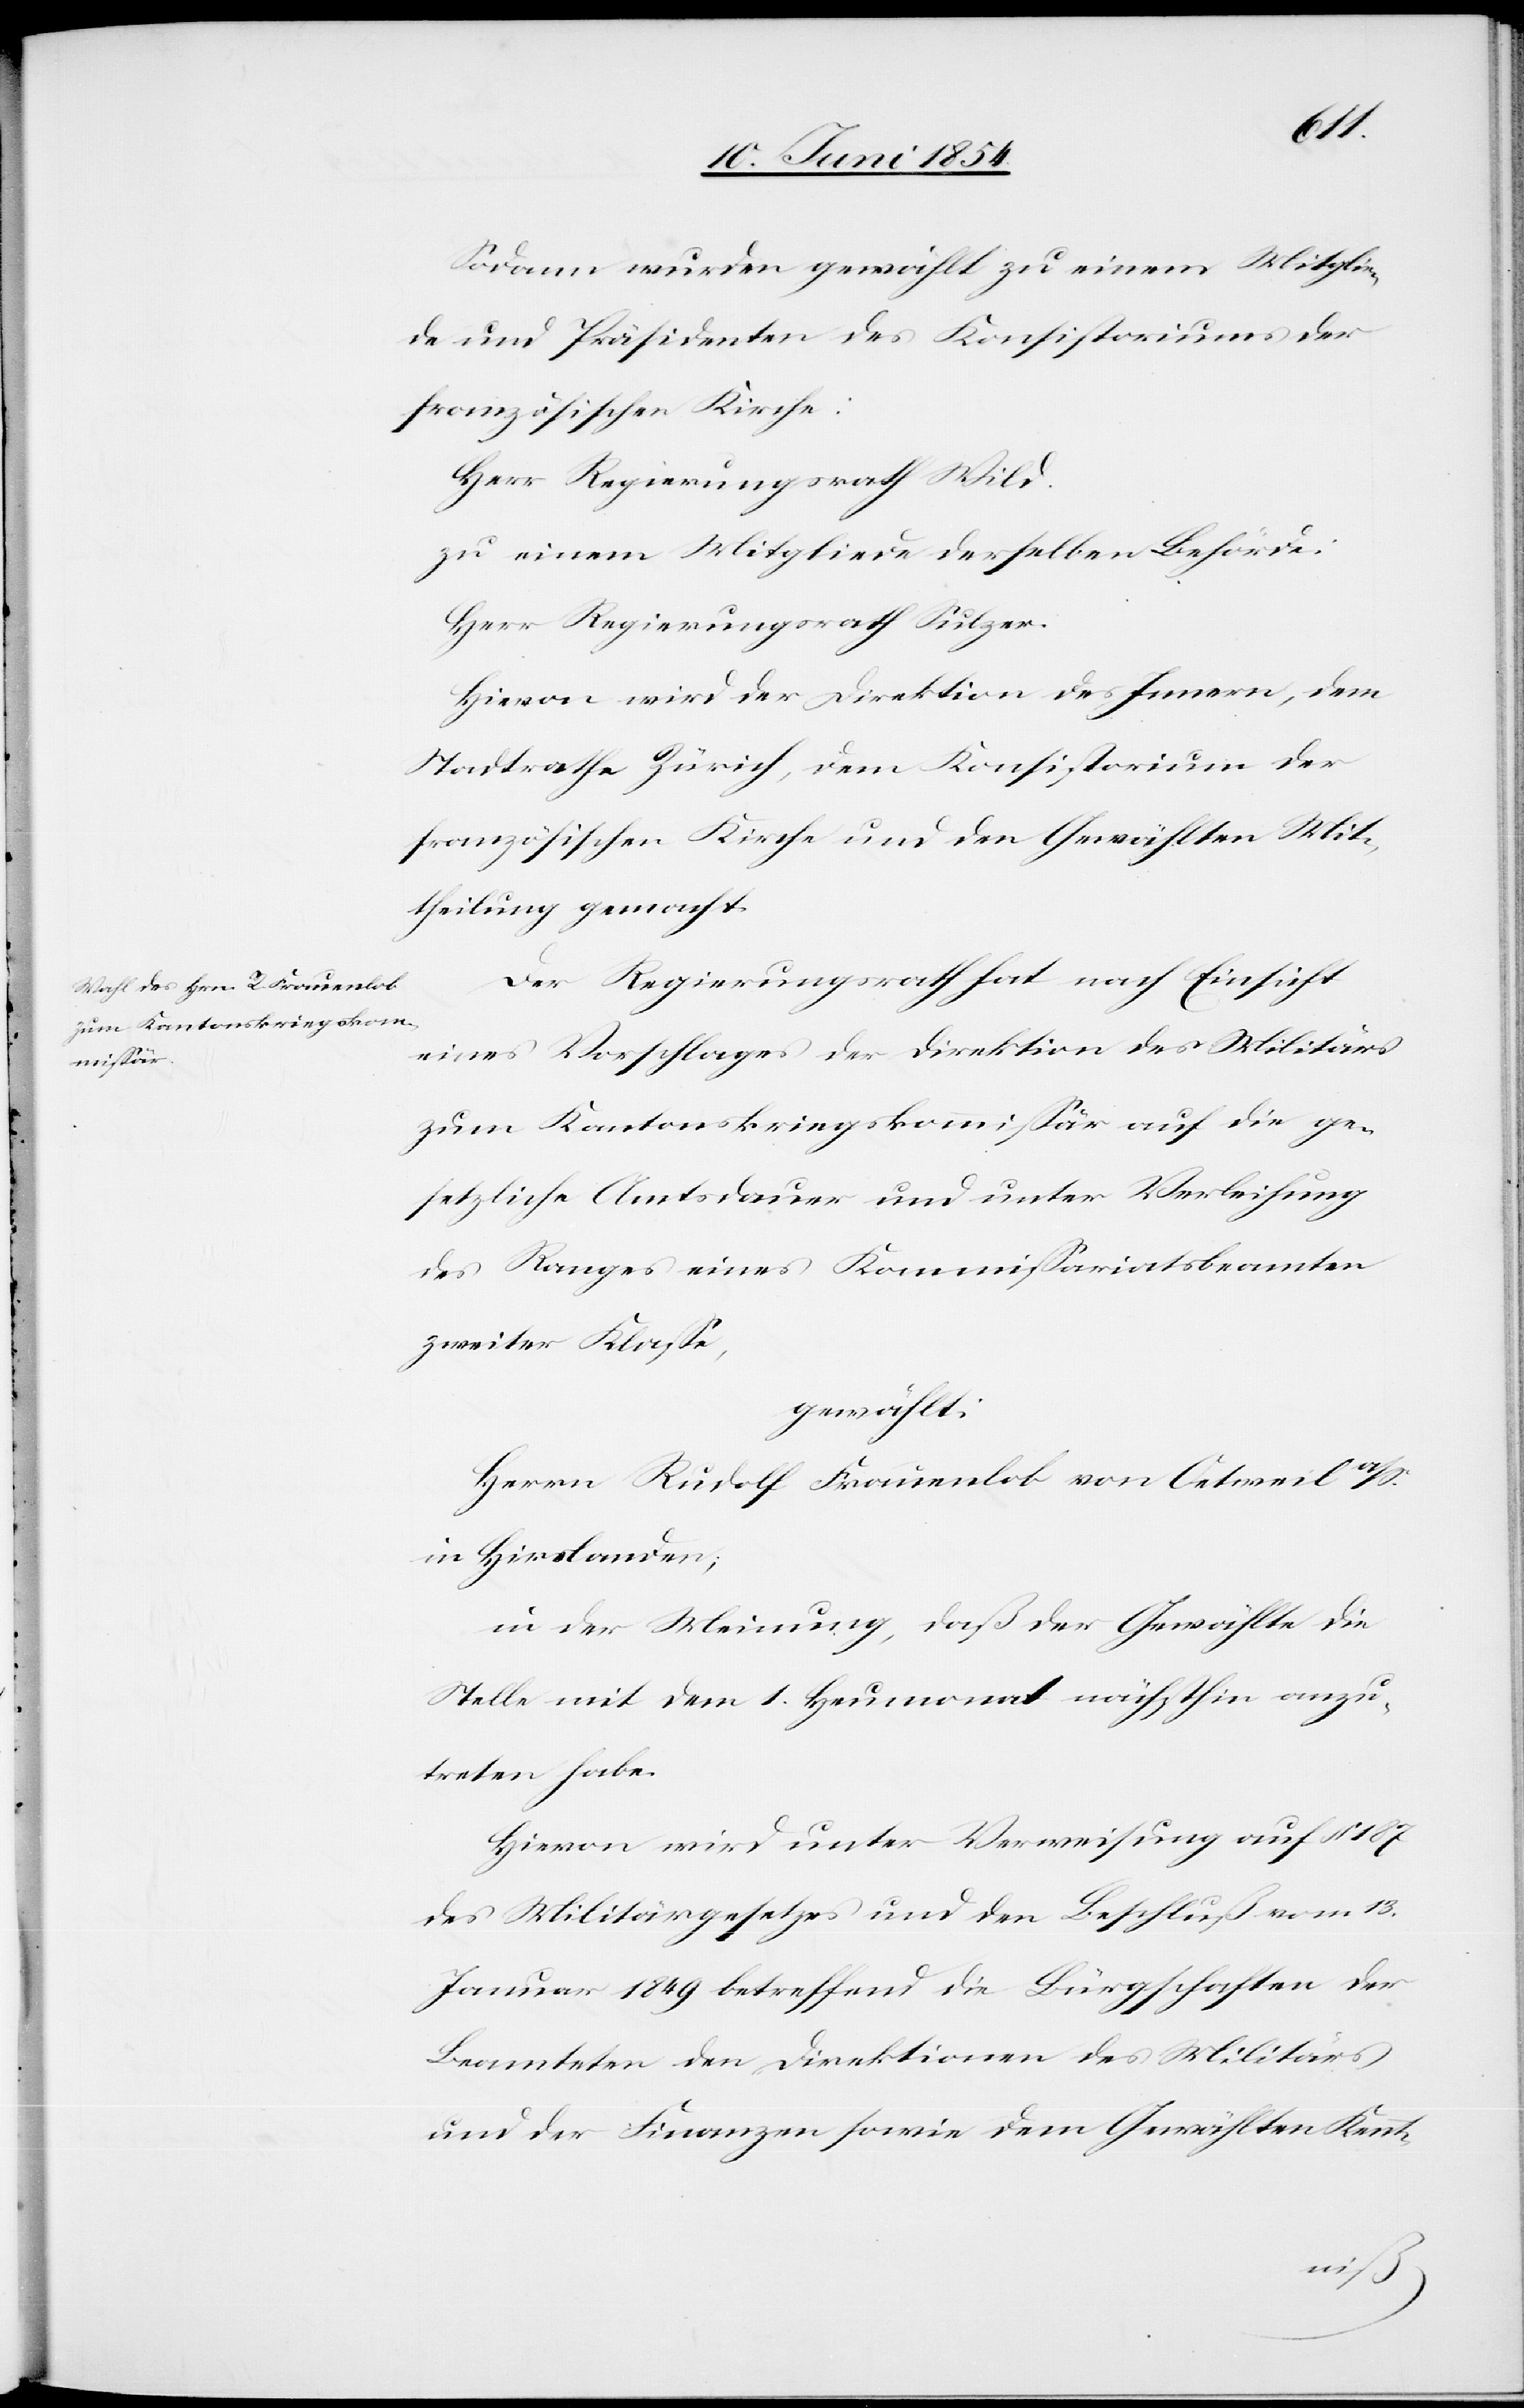
Sodann wurden gewählt zu einem Mitglie¬
de und Präsidenten des Konsistoriums der
französischen Kirche:
Herr Regierungsrath Wild.
zu einem Mitgliede derselben Behörde:
Herr Regierungsrath Sulzer.
Hievon wird der Direktion des Innern, dem
Stadtrathe Zürich, dem Konsistorium der
französischen Kirche und den Gewählten Mit¬
theilung gemacht.
Der Regierungsrath hat nach Einsicht
eines Vorschlages der Direktion des Militärs
zum Kantonskriegskommißär auf die ge¬
setzliche Amtsdauer und unter Verleihung
des Ranges eines Kommißariatsbeamten
zweiter Klaße,
gewählt:
Herrn Rudolf Frauenlob von Oetweil a
in Hirslanden;
in der Meinung, daß der Gewählte die
Stelle mit dem 1. Heumonat nächsthin anzu¬
treten habe.
Hievon wird unter Verweisung auf § 187
des Militärgesetzes und den Beschluß vom 13.
Januar 1849 betreffend die Bürgschaften der
Beamteten den Direktionen des Militärs
und der Finanzen sowie dem Gewählten Kennt-